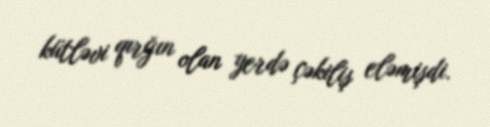
kütləvi qırğın olan yerdə çəkiliş eləmişdi.